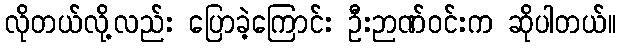
လိုတယ်လို့လည်း ပြောခဲ့ကြောင်း ဦးဉာဏ်ဝင်းက ဆိုပါတယ်။